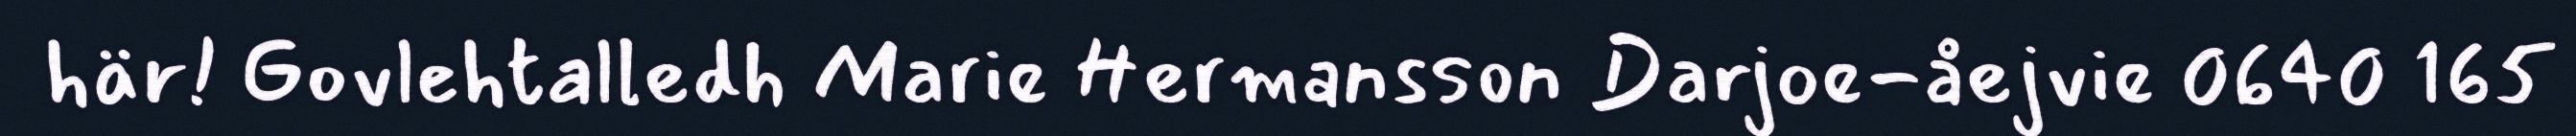
här! Govlehtalledh Marie Hermansson Darjoe-åejvie 0640 165